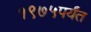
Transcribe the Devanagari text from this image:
१९७५पर्यंत